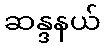
ဆန္ဒနယ်